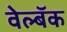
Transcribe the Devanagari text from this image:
वेल्बॅक